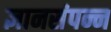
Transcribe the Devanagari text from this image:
ज्ञानसंपन्न